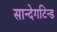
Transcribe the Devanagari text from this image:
सान्देगटिन्ड